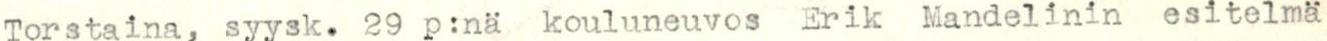
Torstaina, syysk. 29 p:nä kouluneuvos Erik Mandelinin esitelmä